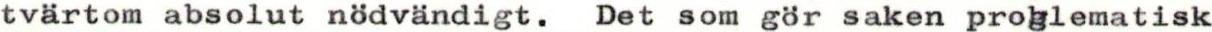
tvärtom absolut nödvändigt. Det som gör saken proglematisk